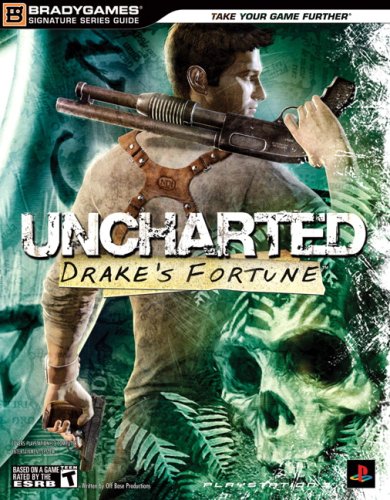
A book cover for Uncharted: Drake's Fortune Signature Series Guide; BradyGames; Computers & Technology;